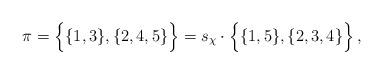
LaTeX: \begin{align*}\pi=\left\{\vphantom{\sum}\{1,3\}, \{2,4,5\} \right\}= s_\chi\cdot \left\{\vphantom{\sum} \{1,5\}, \{2,3,4\} \right\},\end{align*}